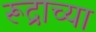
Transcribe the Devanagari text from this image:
रूद्राच्या